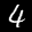
Label: 4